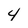
Character: 4